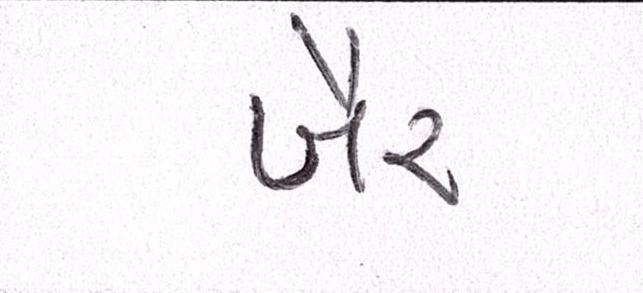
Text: ખૈર